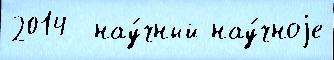
2014  нау́чный нау́чноjе